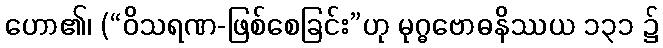
ဟော၏၊ (“ဝိသရဏ-ဖြစ်စေခြင်း”ဟု မုဂ္ဓဗောဓနိဿယ ၁၃၁ ၌